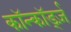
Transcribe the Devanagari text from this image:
कॉन्कॉर्ड्ज़